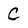
Character: C